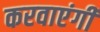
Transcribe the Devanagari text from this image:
करवाएंगी